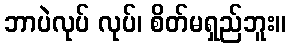
ဘာပဲလုပ် လုပ်၊ စိတ်မရှည်ဘူး။